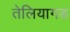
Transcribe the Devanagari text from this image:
तेलियागड